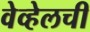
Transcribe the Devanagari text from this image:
वेव्हेलची